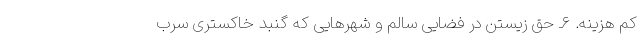
کم هزینه. ۶ـ حق زیستن در فضایی سالم و شهرهایی که گنبد خاکستری سرب